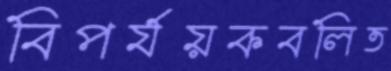
বিপর্যয়কবলিত